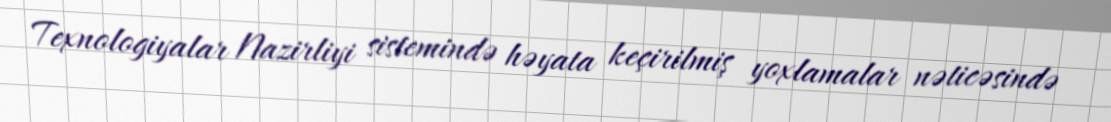
Texnologiyalar Nazirliyi sistemində həyata keçirilmiş yoxlamalar nəticəsində